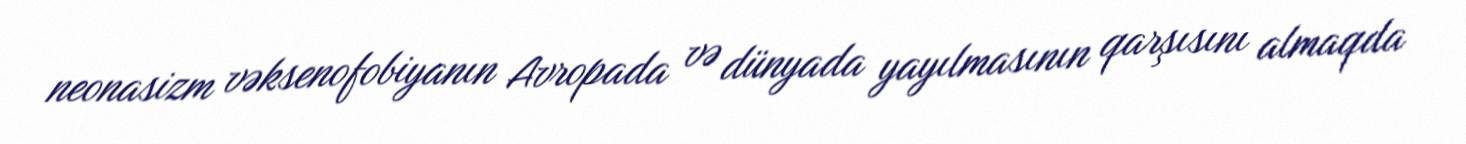
neonasizm vəksenofobiyanın Avropada və dünyada yayılmasının qarşısını almaqda